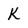
Character: K